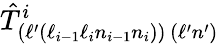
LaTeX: \hat{T}_{(\ell^{\prime}(\ell_{i-1}\ell_{i}n_{i-1}n_{i}))\, (\ell^{\prime}n^{\prime})}^{i}